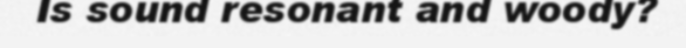
Is sound resonant and woody?